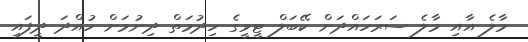
މާލެ އާއި މާލެ ސަރަހައްދަށް ކޭބަލް ޓީވީގެ ހިދުމަތް ދިނުމަށް ހުއްދަ ދީފައި